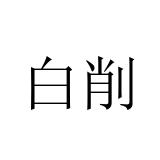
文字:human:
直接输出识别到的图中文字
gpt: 白削